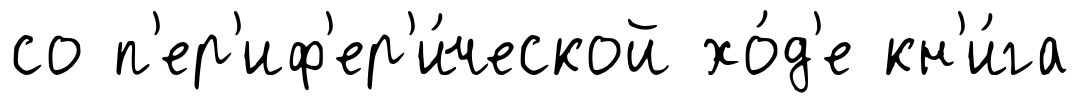
со п'ер'иф'ер'и́ческой хо́д'е кн'и́га